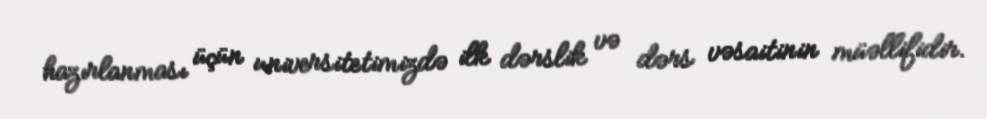
hazırlanması üçün universitetimizdə ilk dərslik və dərs vəsaitinin müəllifidir.